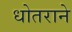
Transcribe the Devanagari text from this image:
धोतराने